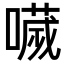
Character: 𡀌